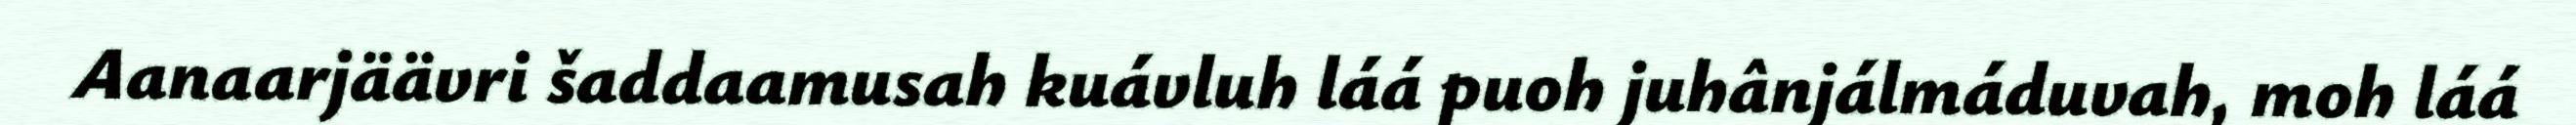
Aanaarjäävri šaddaamusah kuávluh láá puoh juhânjálmáduvah, moh láá